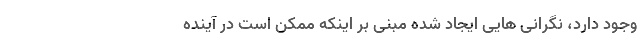
وجود دارد، نگرانی هایی ایجاد شده مبنی بر اینکه ممکن است در آینده